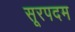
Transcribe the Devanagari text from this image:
सूरपदम